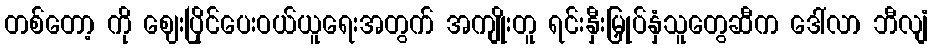
တစ်တော့ ကို ဈေးပြိုင်ပေးဝယ်ယူရေးအတွက် အကျိုးတူ ရင်းနှီးမြှုပ်နှံသူတွေဆီက ဒေါ်လာ ဘီလျံ